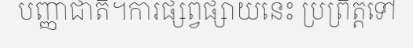
បញ្ញាជាតិ។ការផ្សព្វផ្សាយនេះ ប្រព្រឹត្តទៅ